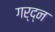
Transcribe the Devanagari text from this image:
गर्द्न